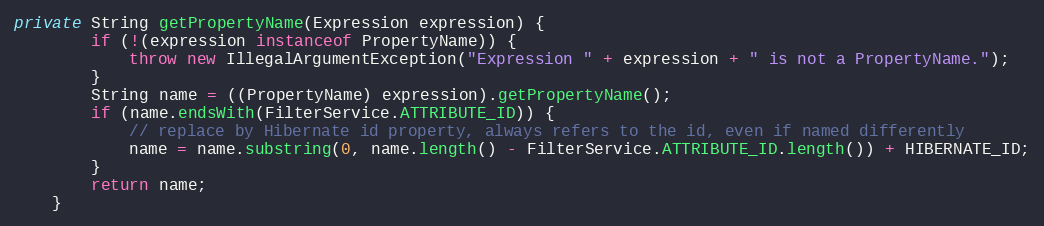
Language: Java
private String getPropertyName(Expression expression) {
		if (!(expression instanceof PropertyName)) {
			throw new IllegalArgumentException("Expression " + expression + " is not a PropertyName.");
		}
		String name = ((PropertyName) expression).getPropertyName();
		if (name.endsWith(FilterService.ATTRIBUTE_ID)) {
			// replace by Hibernate id property, always refers to the id, even if named differently
			name = name.substring(0, name.length() - FilterService.ATTRIBUTE_ID.length()) + HIBERNATE_ID;
		}
		return name;
	}